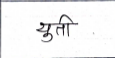
मजकूर: युती